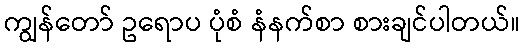
ကျွန်တော် ဥရောပ ပုံစံ နံနက်စာ စားချင်ပါတယ်။